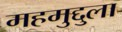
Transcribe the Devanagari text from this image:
महमुद्दुला